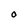
Character: O